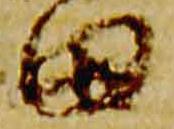
田